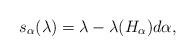
LaTeX: \begin{align*}s_\alpha(\lambda) = \lambda - \lambda(H_\alpha)d\alpha ,\end{align*}